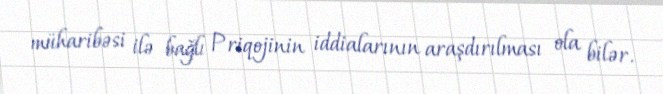
müharibəsi ilə bağlı Priqojinin iddialarının araşdırılması ola bilər.